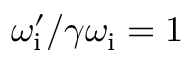
\omega _ { \mathrm { i } } ^ { \prime } / \gamma \omega _ { \mathrm { i } } = 1